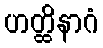
ဟတ္ထိနာဂံ